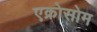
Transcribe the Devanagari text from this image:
एक्रोसोम